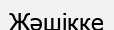
Жәшікке